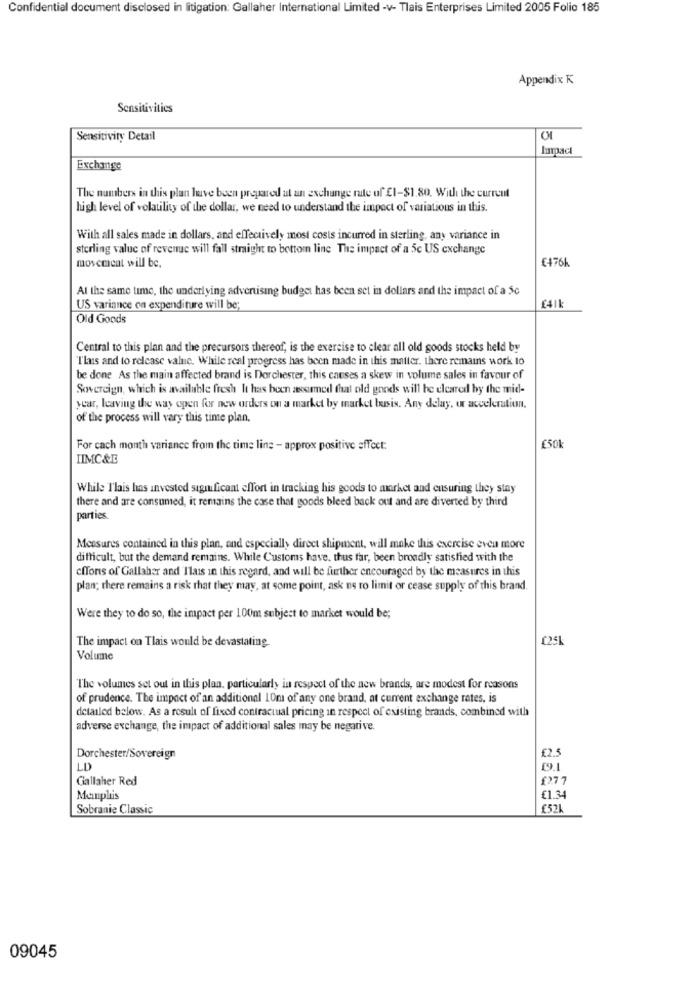
Confidential document disclosed in litigation: Gallaher International Limited -v- Tlais Enterprises Limited 2005 Folio 185
Appendix K
Sensitivities
Sensitivity Detail
Impact
Exchange
The numbers in this plan luve been prepared at an exchange rate of El-$1.80. With the current
high level of volatility of the dollar, we need to understand the impact of variations in this.
With all sales made in dollars, and effectively most costs incurred in sterling, any variance in
sterling valuc of revenue will fall straight to bottom line The impact of a 5c US exchange
movement will be.
£176k
At the same time, the underlying advertising budget has been set in dollars and the impact of a 5c
£41k
US variance on expenditure will be;
Old Goods
Central to this plan and the precursors thereof, is the exercise to clear all old goods stocks held by
"Ilans and to release value. While real progress has been made in this matter. there remains work to
be done As the main affected brand is Dorchester, this causes a skew in volume sales in favour of
Sovereign, which is available fresh It has been assumed that old goods will be cleared by the mid-
year, leaving the way open for new orders on a market by market busis. Any delay, or acceleration.
of the process will vary this time plan.
For cach month variance from the time line - approx positive effect:
IIMC&E
While Tlais has invested significant effort in tracking his goods to market and ensuring they stay
there and are consumed, it remains the case that goods bleed back out and are diverted by third
parties
Measures contained in this plan, and especially direct shipment, will make this exercise even more
difficult, but the demand remains. While Customs have, thus far, been broadly satisfied with the
cfTons of Gallaher and Ilais in this regard, and will be further encouraged by the measures in this
plan; there remains a risk that they may, at some point, ask ne to limit or cease supply of this brand.
Were they to do so, the impact per 100m subject to market would be;
The impact on Tlais would be devastating
Volume
The volumes set out in this plan, particularly in respect of the new brands, are modest for reasons
of prudence. The impact of an additional 10m of any one brand, at current exchange rates, is
detailed below. As a result of fixed contractual pricing in respect of existing brands, combined with
adverse exchange, the impact of additional sales may be negative.
£2.5
Dorchester/Sovereign
LD
Ciallaher Red
£277
Memphis
€1.34
Sobranie Classic
£521
09045